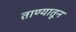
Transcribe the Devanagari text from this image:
ताण्यातून